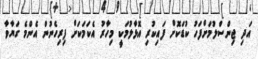
އަދި ޖިންސްލުމަށްފަހު ކުޑަކޮށް ފައިކުރި އޮޅާލުމަކީ މިހާރު އެކަމަކަށް ފިރިހެނުން އެންމެ ގަޔާވާ